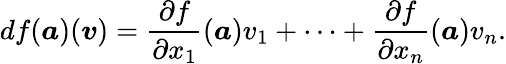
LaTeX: df({\boldsymbol{a}})({\boldsymbol{v}})={\frac{\partial f}{\partial x_{1}}}({\boldsymbol{a}})v_{1}+\cdots+{\frac{\partial f}{\partial x_{n}}}({\boldsymbol{a}})v_{n}.